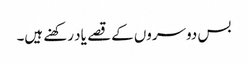
بس دوسروں کے قصے یاد رکھنے ہیں۔